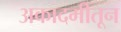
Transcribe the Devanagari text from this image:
अकादमीतून